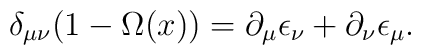
\delta_{\mu\nu}(1-\Omega(x)) = \partial_{\mu}\epsilon_{\nu} +\partial_{\nu}\epsilon_{\mu}.